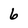
Character: 6